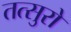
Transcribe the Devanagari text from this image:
तत्सुरो